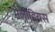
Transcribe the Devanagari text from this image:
मेलोडियस